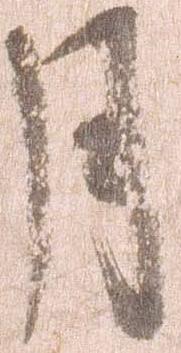
月